18_100754_ General 1946-7_Vol_2
Agency: Department of War
Incident date: 12/30/47
Page 15
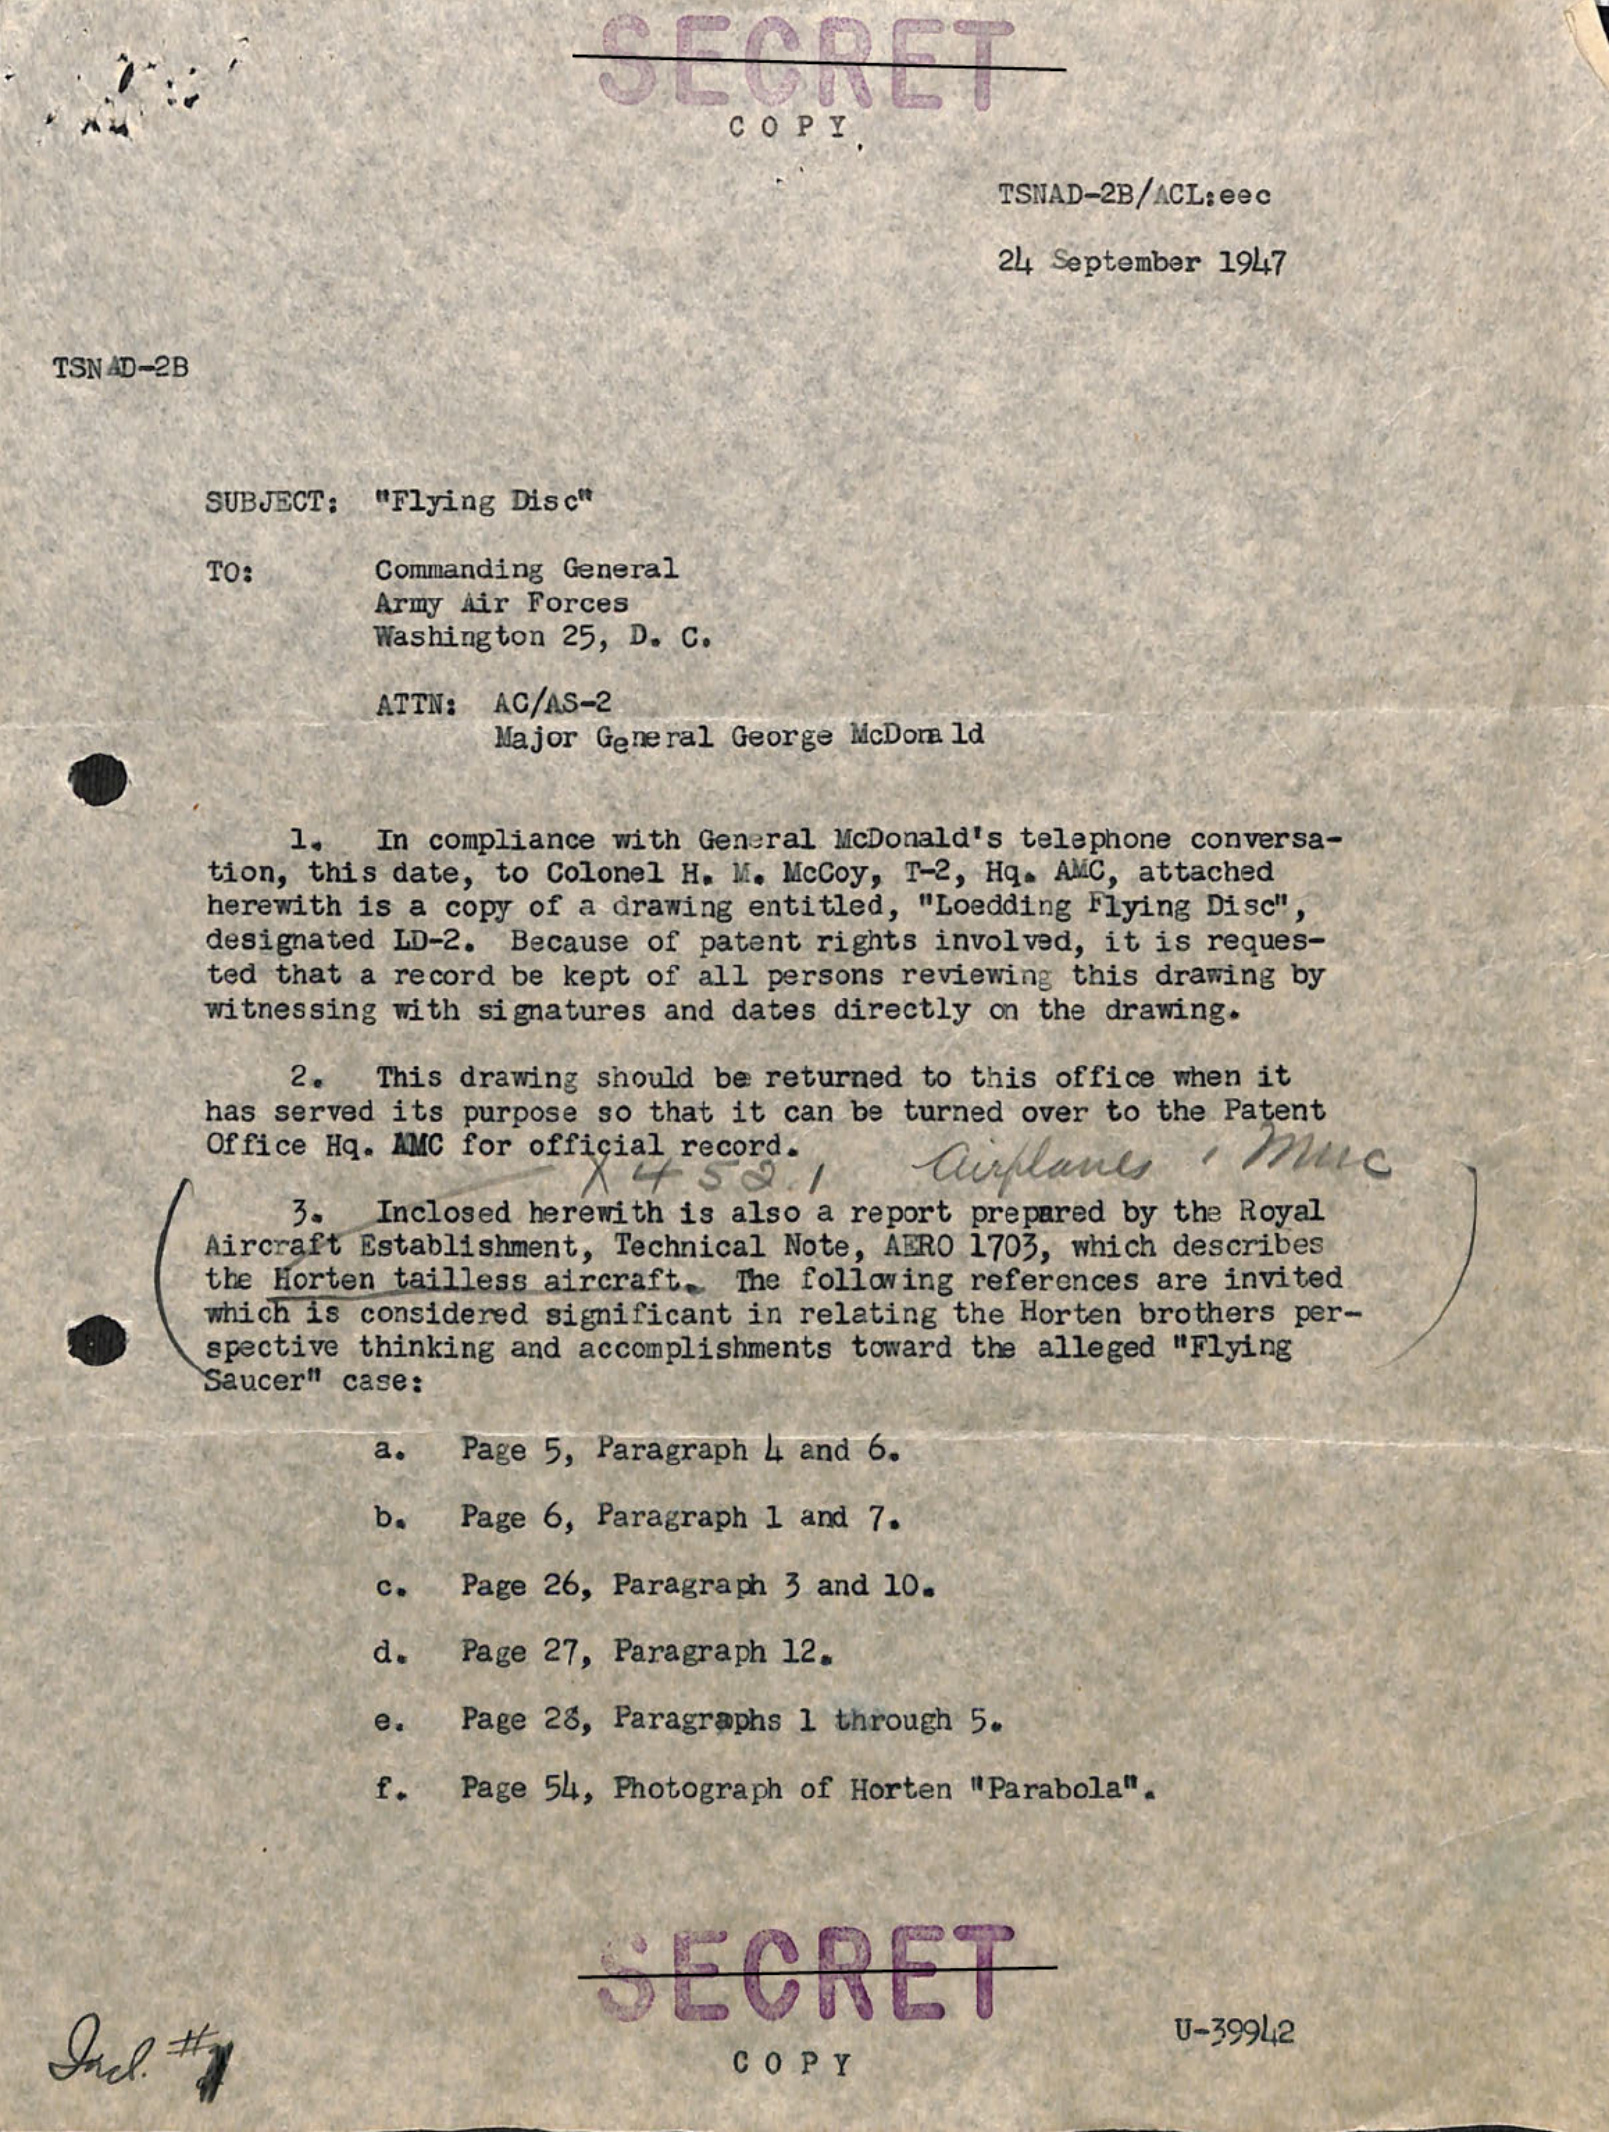